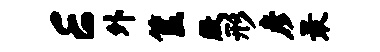
E外筐殷形彦最